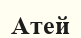
Атей